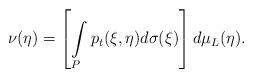
LaTeX: \begin{align*} \nu(\eta)=\left[\int\limits_{P}p_t(\xi,\eta)d\sigma(\xi)\right] d\mu_{L}(\eta).\end{align*}